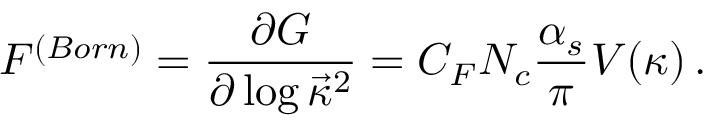
{ \cal F } ^ { ( B o r n ) } = { \frac { \partial G } { \partial \log \vec { \kappa } ^ { 2 } } } = C _ { F } N _ { c } { \frac { \alpha _ { s } } { \pi } } V ( \kappa ) \, .